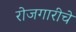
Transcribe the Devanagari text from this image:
रोजगारीचे